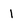
Character: i